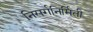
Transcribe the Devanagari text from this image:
निसर्गनिर्मिती